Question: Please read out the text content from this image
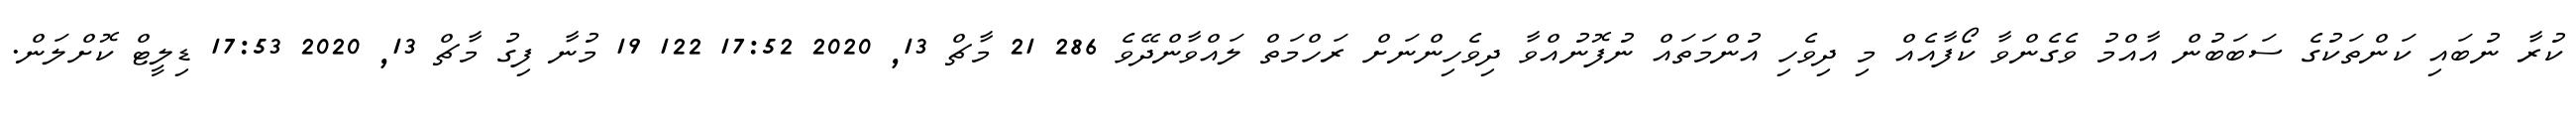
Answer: ކުރާ ނުބައި ކަންތަކުގެ ސަބަބުން އާއްމު ވެގެންވާ ކޯފާއެއް މި ދިވެހި އުންމަތައް ނުފޮނުއްވާ ދިވެހިންނަށް ރަހްމަތް ލައްވާންދޭވެ 286 21 މާޗް 13, 2020 17:52 122 19 މުނާ ފިގު މާޗް 13, 2020 17:53 ޑިލީޓް ކޮށްލަން.